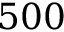
5 0 0